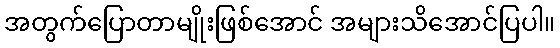
အတွက်ပြောတာမျိုးဖြစ်အောင် အများသိအောင်ပြပါ။